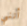
أنني